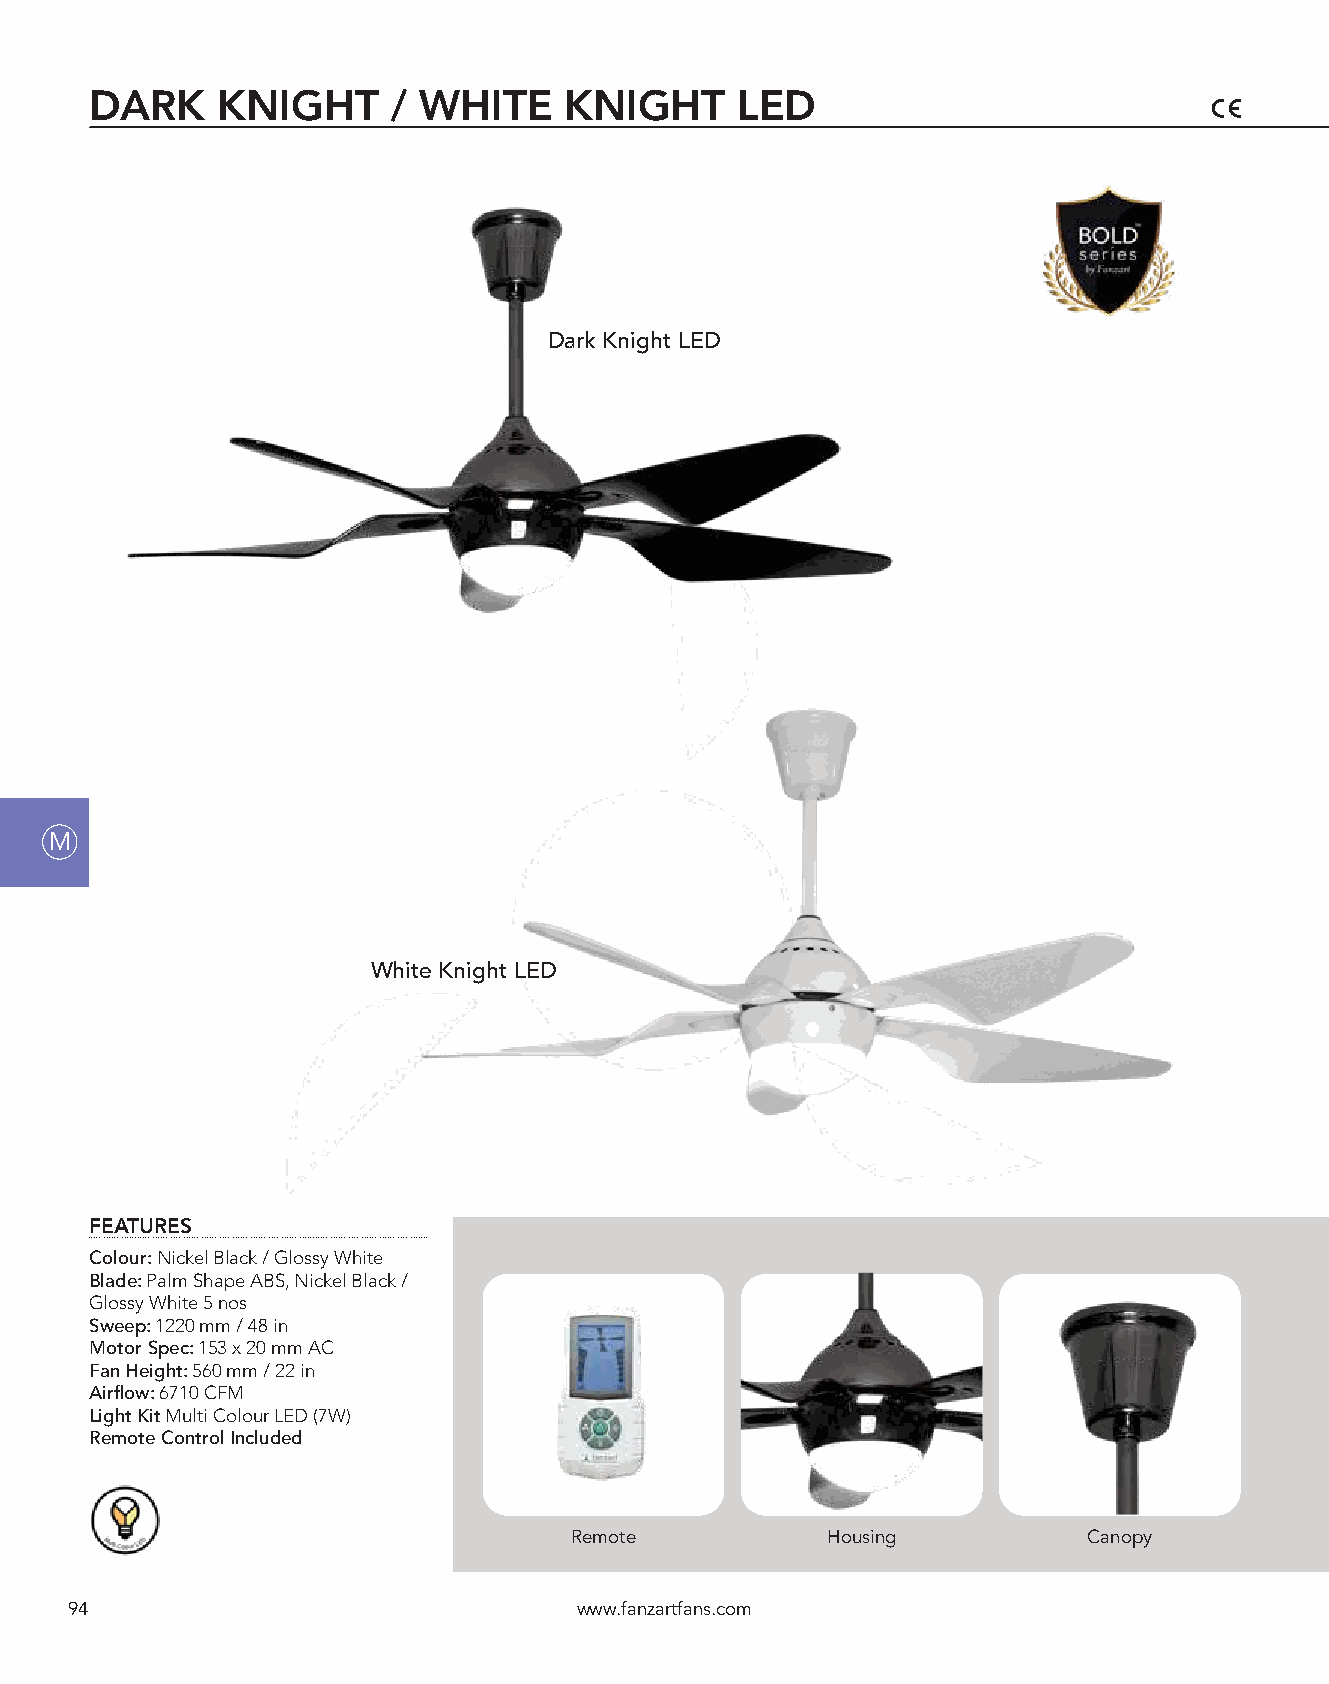
DARK    KNIGHT      / WHITE    KNIGHT      LED
 Dark Knight LED
 M
 White Knight LED
 FEATURES
 Colour: Nickel Black / Glossy White
 Blade: Palm Shape ABS, Nickel Black /
 Glossy White 5 nos
 Sweep: 1220 mm / 48 in
 Motor Spec: 153 x 20 mm AC
 Fan Height: 560 mm / 22 in
 Airflow: 6710 CFM
 Light Kit Multi Colour LED (7W)
 Remote Control Included
 Remote           Housing          Canopy
 94                                www.fanzartfans.com